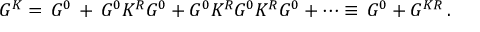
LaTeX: G ^ { K } = \, G ^ { 0 } \, + \, G ^ { 0 } K ^ { R } G ^ { 0 } + G ^ { 0 } K ^ { R } G ^ { 0 } K ^ { R } G ^ { 0 } + \cdots \equiv \, G ^ { 0 } + G ^ { K R } \, .